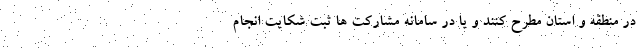
در منطقه و استان مطرح کنند و یا در سامانه مشارکت ها ثبت شکایت انجام